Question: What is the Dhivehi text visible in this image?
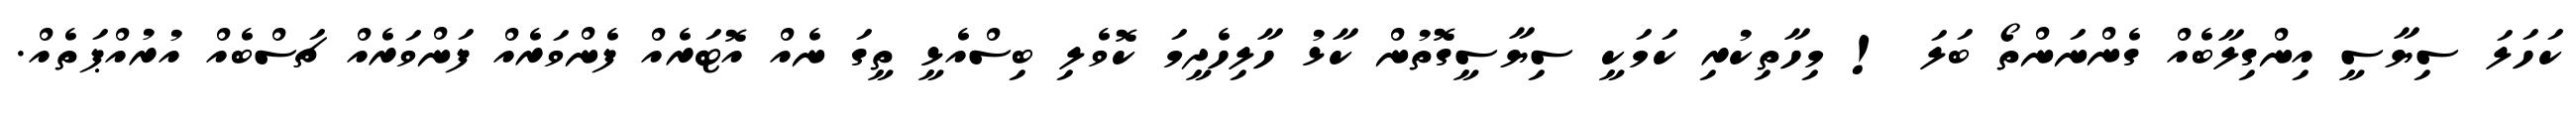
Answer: ކަހަލަ ސިޔާސީ އިންގިލާބެއް ގެންނަންތޯ ބަލަ ! މިހާތިކުރި ކަމަކީ ސިޔާސީގޮތުން ކާޅު ހާލިހެދީމަ ކޮވެލި ބިސްއެޅީ ތީގަ ނެއް އޮޓަރެއް ފެންވަރެއް ފަންވަރެއް ޗަސްބެއް އުރުއްޕަތެއް.